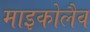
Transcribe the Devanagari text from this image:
माइकोलैव